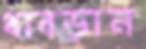
ধাবড়ান